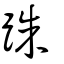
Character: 跦